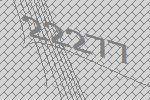
22277